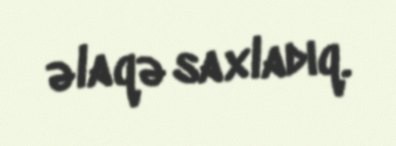
əlaqə saxladıq.